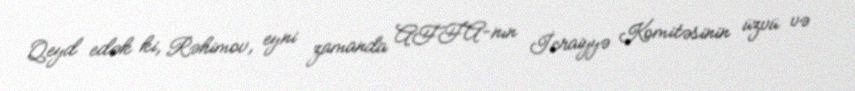
Qeyd edək ki, Rəhimov, eyni zamanda AFFA-nın İcraiyyə Komitəsinin üzvü və